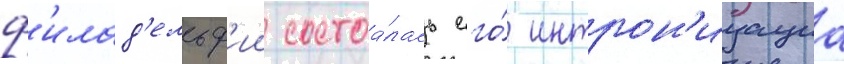
ф'илад'ельф'ии состоа́лась его́ интрон'изациа